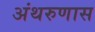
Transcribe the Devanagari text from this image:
अंथरुणास